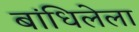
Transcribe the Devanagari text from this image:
बांधिलेला